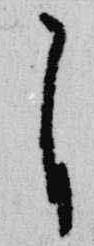
自